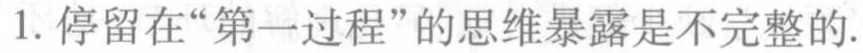
1. 停留在“第一过程”的思维暴露是不完整的.